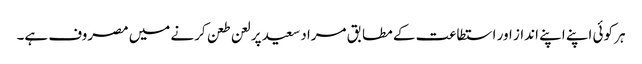
ہر کوئی اپنے اپنے انداز اور استطاعت کے مطابق مراد سعید پر لعن طعن کرنے میں مصروف ہے۔